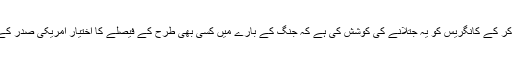
سیاسی ماہرین کا کہنا ہے کہ ٹرمپ نے اس بل کو ویٹو کر کے کانگریس کو یہ جتلانے کی کوشش کی ہے کہ جنگ کے بارے میں کسی بھی طرح کے فیصلے کا اختیار امریکی صدر کے پاس ہے اور کانگریس کو اس میں مداخلت کا حق نہیں۔